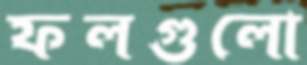
ফলগুলো